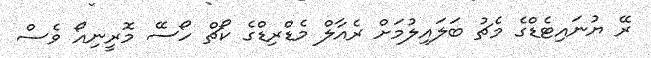
ރޭ ޔުނައިޓެޑްގެ މެޗު ބަލައިލުމަށް ރެއާލް މެޑްރިޑްގެ ކޯޗް ހޯސޭ މޮރީނިއޯ ވެސް